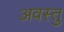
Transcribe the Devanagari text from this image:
अवस्तु